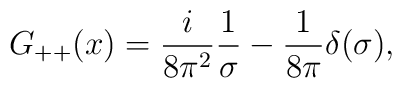
G_{++}(x)={i\over{8 \pi^2}}{1\over{\sigma}} - {1\over{8 \pi}} \delta (\sigma),\nonumber